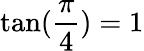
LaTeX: \tan(\frac{\pi}{4})=1